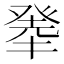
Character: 𤼳